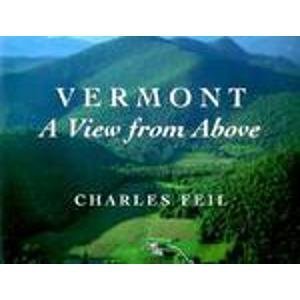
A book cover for Vermont: A View from Above; Charles Feil; Travel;